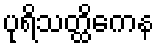
ပုရိသတ္ထိကေန